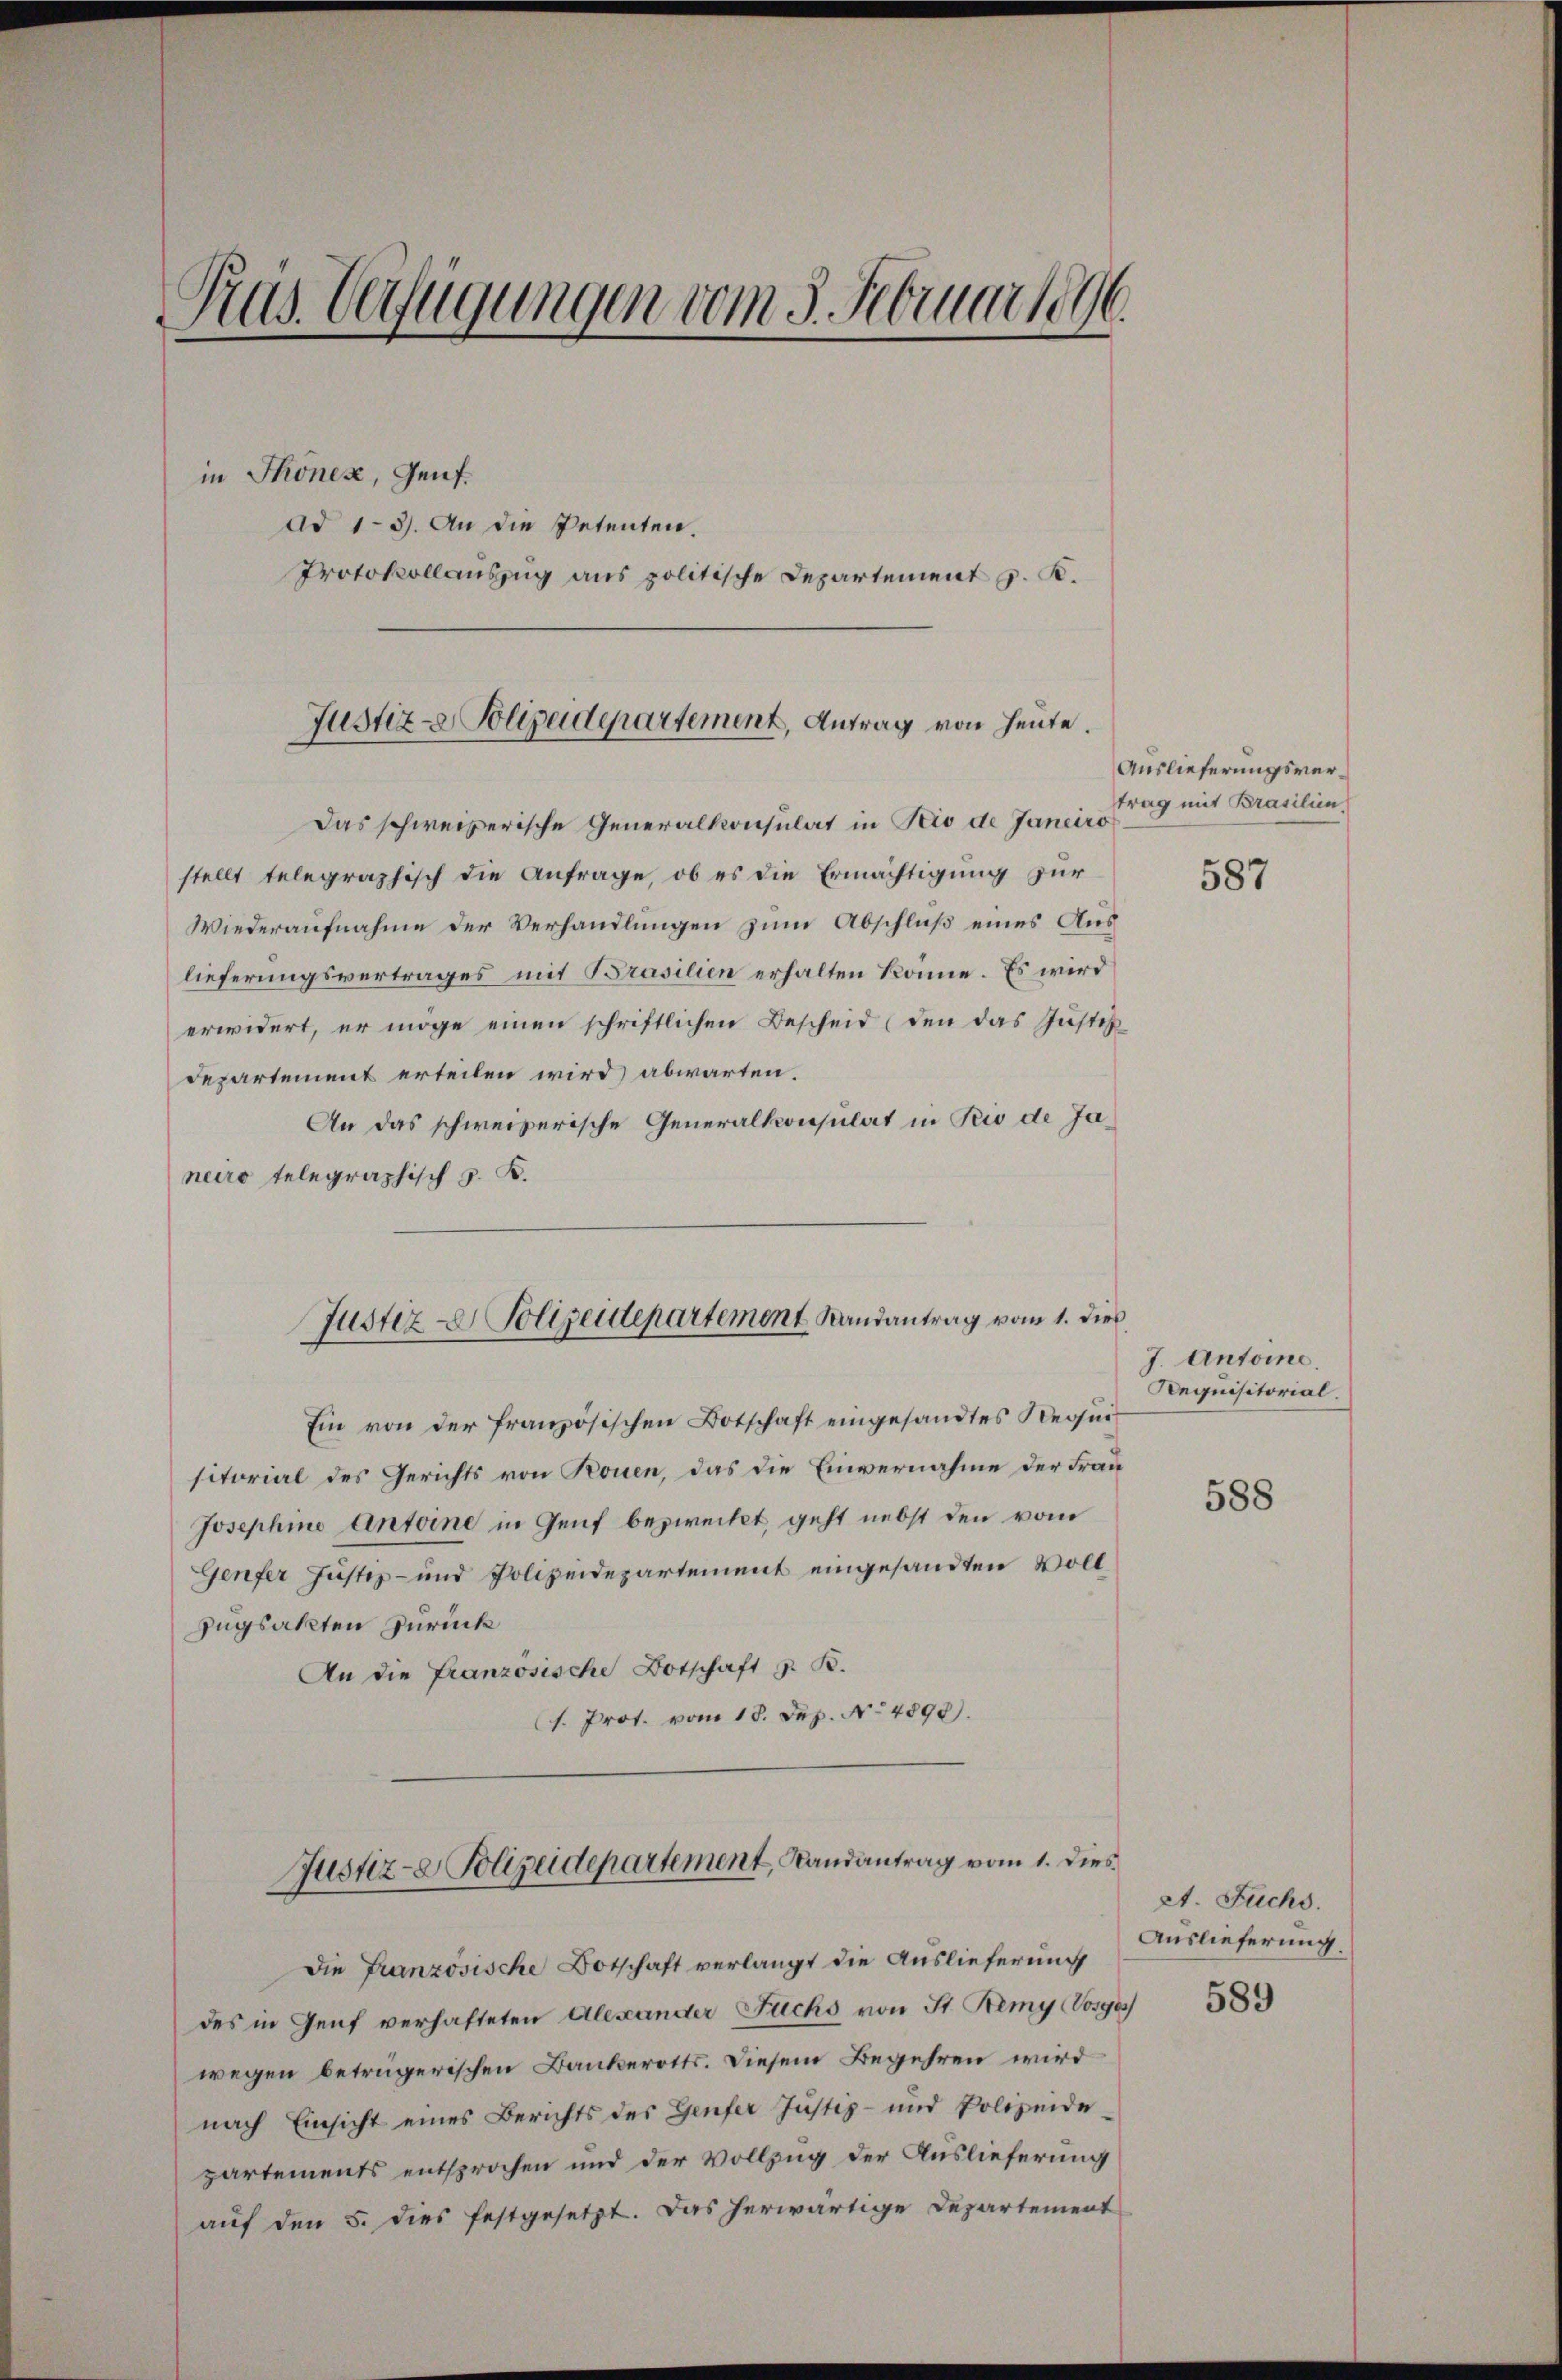
Pras Verfügungen vom 5. Februar 1896.

in Thonen, Genf.
ad 13. An die Petenten.
Protokollauszug aus politische Departement z. B.

Justiz- & Polizeidepartement, Antrag von heute.

Justiz- Polizeidepartement Randantrag vom 1. dies

Das schweizerische Generalkonsulat in Pio de Janeiro
stellt telegraphisch die Anfrage, ob es die Ermächtigung zur
Wiederaufnahme der Verhandlungen zum Abschluß eines Auslieferungsvertrages mit Brasilien erhalten könne. Es wird
erwidert, er möge einen schriftlichen Bescheid (den das Justiz
Departement erteilen wird abwarten.
An das schweizerische Generalkonsulat in Rio de Janeiro telegraphisch z. B.
Ein von der französischen Botschaft eingesandtes Requisitorial des Gerichts von Rouen, das die Einvernahme der Frau
Josephine Antoine in Genf bezweckt, geht nebst den vom
Genfer Justiz- und Polizeidepartement eingesandten Voll¬
Zugsakten zurück
An die Franzosische Botschaft z. B.
1. Prof. vom 18. Dez. No 4890).
Justiz- & Polizeidepartement, Landantrag vom 1. dies
Die Französische Botschaft verlangt die Auslieferung
des in Genf verhafteten Alexander Fuchs von St. Remy (Vosges
wegen betrügerischen Bankerotts. Diesem Begehren wird
nach Einsicht eines Berichts des Genfer Justiz- und Polizeide-
partements entsprochen und der Vollzug der Auslieferung
auf den 5. dies festgesetzt. Das herwärtige Departement

Auslieferungsvertrag mit Brasilien

587

J. Antoine
Requisitorial.

588

et. Fuchs.
Auslieferung.

589